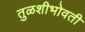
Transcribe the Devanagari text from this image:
तुळशीभोवती